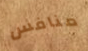
منافس